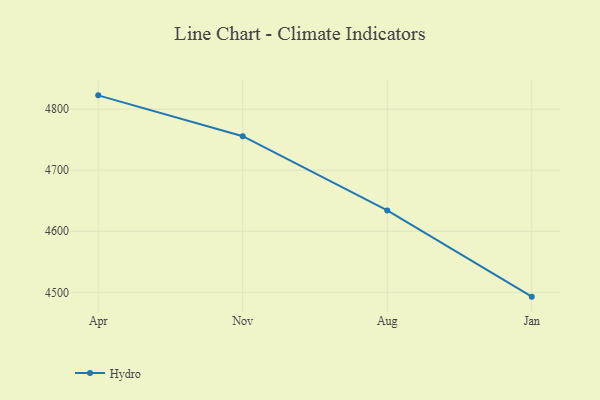
{"axis": {"x": "Month", "y": "Backlog"}, "legend": ["Hydro"], "data": [{"x": "Apr", "y": 4822.6, "type": "Hydro"}, {"x": "Nov", "y": 4755.7, "type": "Hydro"}, {"x": "Aug", "y": 4634.1, "type": "Hydro"}, {"x": "Jan", "y": 4492.9, "type": "Hydro"}]}